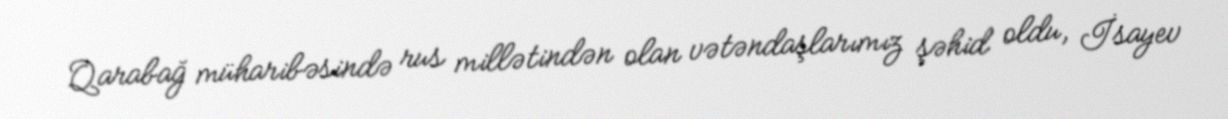
Qarabağ müharibəsində rus millətindən olan vətəndaşlarımız şəhid oldu, İsayev